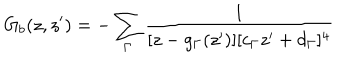
G _ { b } ( z , z ^ { \prime } ) = - \sum _ { \Gamma } \frac { 1 } { [ z - g _ { \Gamma } ( z ^ { \prime } ) ] [ c _ { \Gamma } z ^ { \prime } + d _ { \Gamma } ] ^ { 4 } }